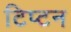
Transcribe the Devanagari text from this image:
टिप्टन